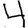
Digit: 4